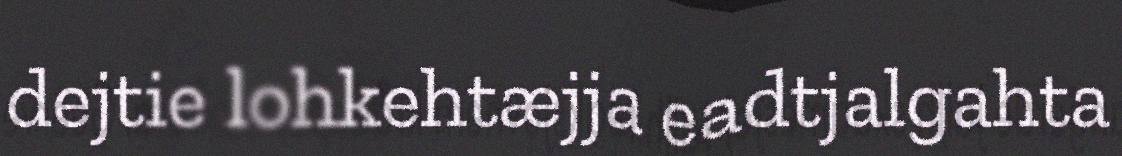
dejtie lohkehtæjja eadtjalgahta